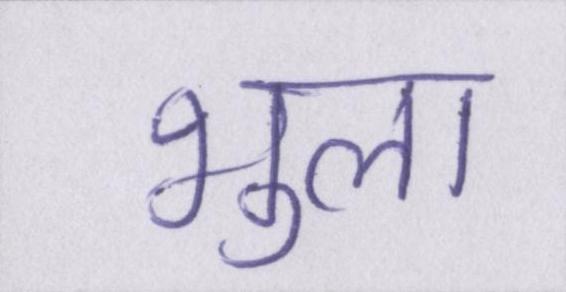
भुला